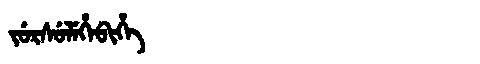
Manchu: ᠵᡠᡵᠰᡠᠯᡝᡥᡝᠪᡳᡥᡝ
Romanization: JURSULEHEBIHE